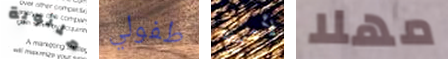
ملتوية طفولي لأضع مهلا